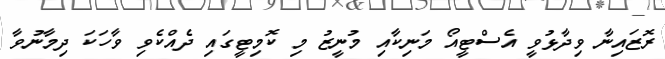
ރޮޒައިނާ ވިދާޅުވީ އެސްޓީއޯ މަނިކާއި މުނީޒު މި ކޮމިޓީގައި ދެއްކެވި ވާހަކަ ދިމާނުވާ